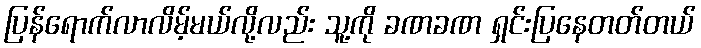
ပြန်ရောက်လာလိမ့်မယ်လို့လည်း သူ့ကို ခဏခဏ ရှင်းပြနေတတ်တယ်